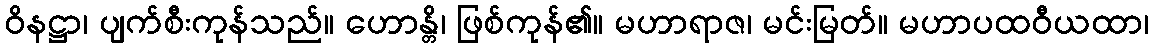
ဝိနဋ္ဌာ၊ ပျက်စီးကုန်သည်။ ဟောန္တိ၊ ဖြစ်ကုန်၏။ မဟာရာဇ၊ မင်းမြတ်။ မဟာပထဝီယထာ၊